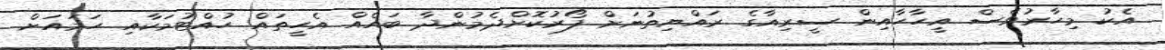
އެކު މިހާރުވެސް އީހާހާއިން ސީރިއާގެ ރައްޔިތުނަށް ފޯރުކޮށްދެމުންދާ ބައެއް އެހީތައް ހުއްޓުމަކާއި ހަމައަށް